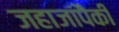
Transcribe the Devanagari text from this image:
जहाजांपैकी